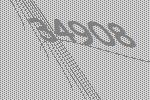
34908